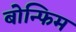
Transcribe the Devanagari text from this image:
बोन्फिम